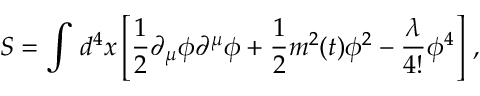
S = \int \, d ^ { 4 } x \left[ \frac { 1 } { 2 } \partial _ { \mu } \phi \partial ^ { \mu } \phi + \frac { 1 } { 2 } m ^ { 2 } ( t ) \phi ^ { 2 } - \frac { \lambda } { 4 ! } \phi ^ { 4 } \right] \, ,